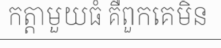
កត្តាមួយធំ គឺពួកគេមិន